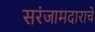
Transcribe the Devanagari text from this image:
सरंजामदाराचे